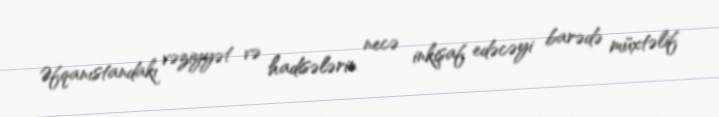
Əfqanıstandakı vəziyyət və hadisələrin necə inkişaf edəcəyi barədə müxtəlif